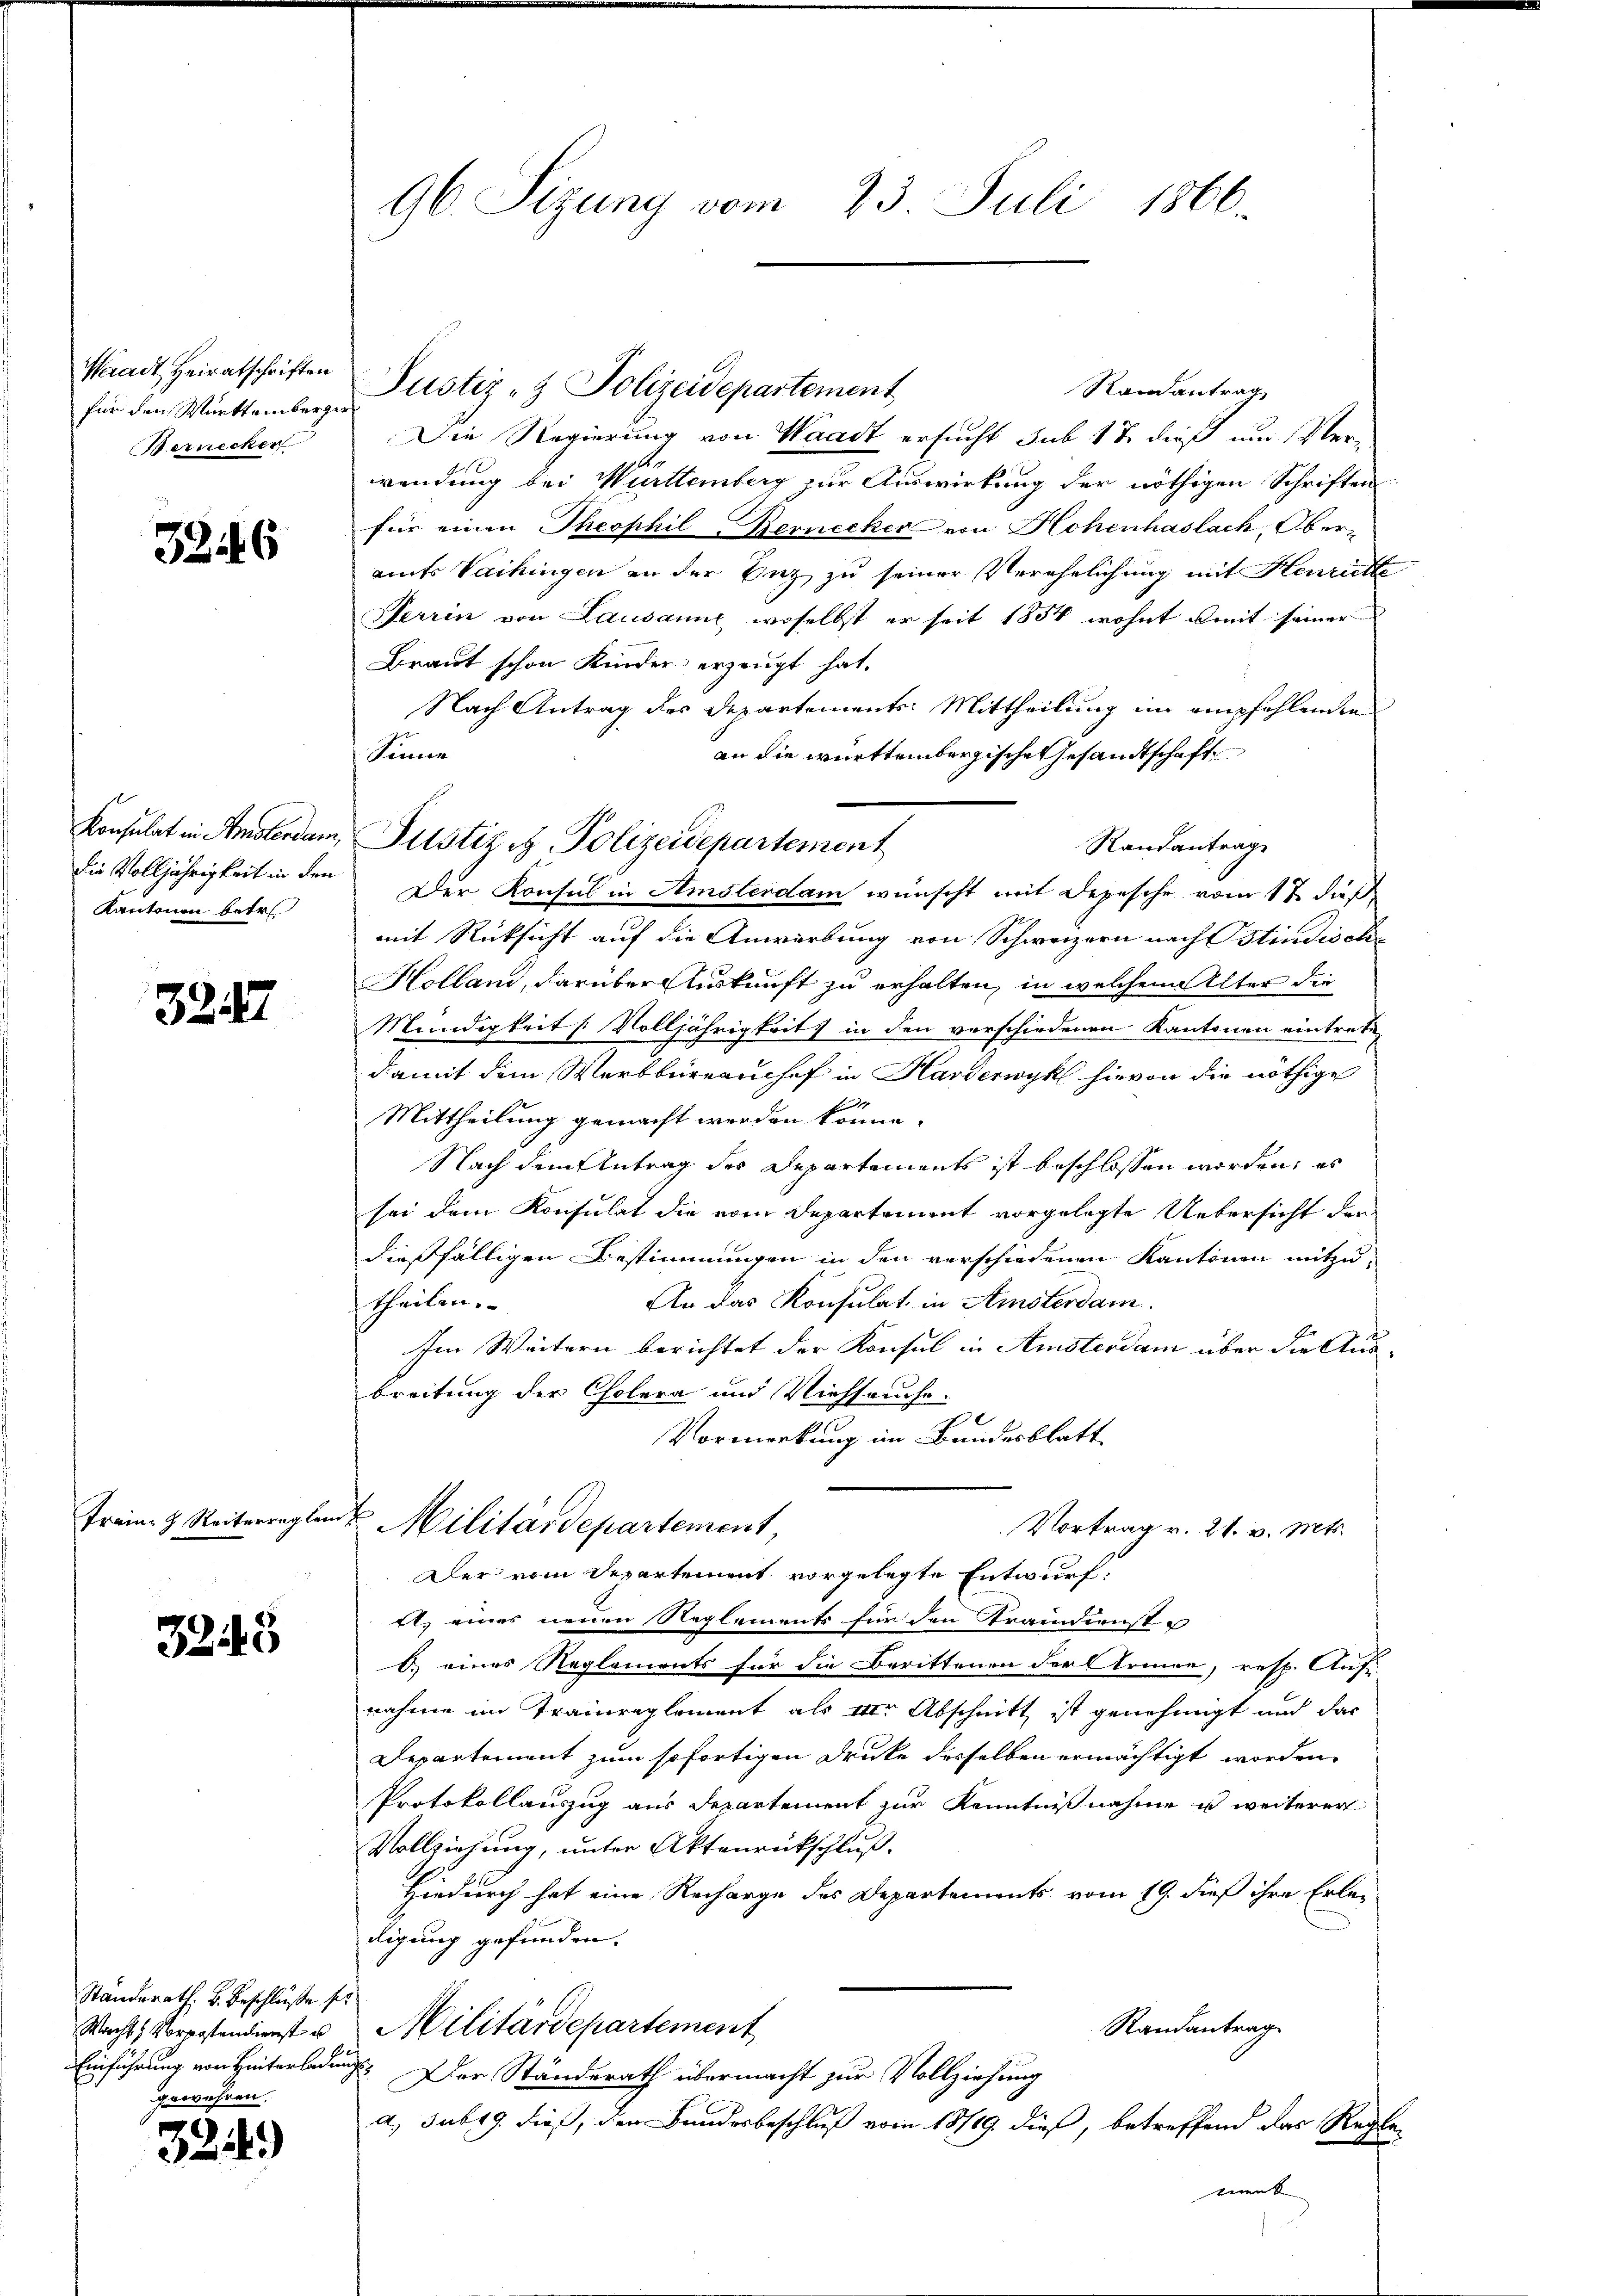
Waadt Heiratschriften
für den Württemberge
Bernecker

32446

Konsulat in Amsterdam
die Volljährigkeit in den
Kantonen betr.

3247

Frain- & Reiterreglem

3245

Standerath, B. Beschluße
Wacht, Vorrestendienst u
Einführung von Hinterlade
gewähren.

32)

96. Sizung vom 23 Juli 1860.

Ramantrag
Die Regierung von Waadt ersucht sub 17 dieß um Ver-
wendung bei Württemberg zur Auswirkung der nöthigen Schriften
für einen Theophil ernecker von Hohenhaslach, Oberamts Vaihingen an der Unz zu seiner Verehelichung mit Henritte
Ferren von Lausanne, woselbst er seit 1854, wohnt mit seiner
Braut schon Kinder erzeugt hat.
Nach Antrag des Departements Mittheilung im empfehlenden
Sinne
en die württembergische Gesandtschaft
Randantrag
Der Konsul in Amsterdam wünscht mit Depesche vom 12. daß
mit Rücksicht auf die Anwerbung von Schweizern nach Stindische
Holland, darüber Auskunft zu erhalten, in welchem Alter die
Mündigkeit [Volljährigkeit in den verschiedenen Kantonen eintretedamit dem Werkbüreauchef in Handerwyl hievon die nöthige
.
Mittheilung gemacht werden könne.
Nach dem Antrag der Departements ist beschlossen worden; es
sei dem Konsulat die vom Departement vorgelegte Uebersicht der
dießfälligen Bestimmungen in den verschiedenen Kantonen mitzu¬
An das Konsulat in Amsterdam.
theilen.
Im Weitern berichtet der Konsul in Amsterdam über die Aus-
breitung der Cholera und Viehseuche:
Vormerkung im Bundesblatt
Militardepartement,
Vortrag v. 21. v. Mts.
Der vom Departement vorgelegte Entwurf,
it, eines neuen Reglements für den Grandienste
6.) eines Reglements für die Berittenen der Armen, resp. Auf-
nahme im Traiureglement als der Abschnitt ist genehmigt und das
Departement zum sofortigen Drucke desselben ermächtigt worden
Protokollauszug aus Departement zur Kenntnißnahme es weiterer
Vollziehung, unter Aktenrückschluß,
Hiedurch hat eine Recharge des Departements vom 19. dieß ihre Erledigung gefunden.
of
Randantrag
Militärdepartement
und. Der Ständerath übermacht zur Vollziehung
a. sub 19. dieß, dem Bundesbeschluß vom 18/19. dieß, betreffend das Reglemenk

Justiz & Polizeidepartement

Justiz- & Polizeidepartement